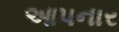
આ૫નાર